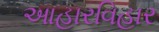
આહારવિહાર